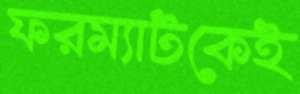
ফরম্যাটকেই